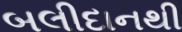
બલીદાનથી